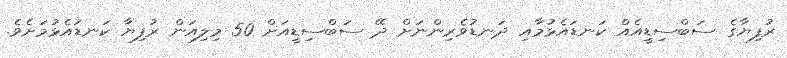
ރުފިޔާގެ ސަބްސިޑީއެއް ކަނޑައެޅުމާއި ދަނޑުވެރިންނަށް ދޭ ސަބްސިޑީއަށް 50 މިލިއަން ރުފިޔާ ކަނޑައެޅުމަށެވެ.